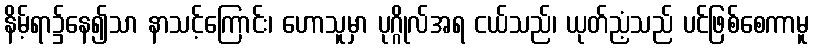
နိမ့်ရာ၌နေ၍သာ နာသင့်ကြောင်း၊ ဟောသူမှာ ပုဂ္ဂိုလ်အရ ငယ်သည်၊ ယုတ်ညံ့သည် ပင်ဖြစ်စေကာမူ